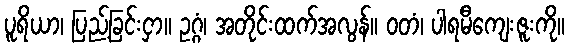
ပူရိယာ၊ ပြည့်ခြင်းငှာ။ ဥဂ္ဂံ၊ အတိုင်းထက်အလွန်။ ဝတံ၊ ပါရမီကျေးဇူးကို။